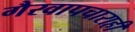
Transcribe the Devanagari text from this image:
गैरवापचाराही